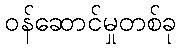
ဝန်ဆောင်မှုတစ်ခု